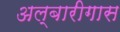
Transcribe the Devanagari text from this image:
अल्बारीगास